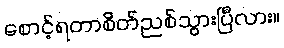
စောင့်ရတာစိတ်ညစ်သွားပြီလား။